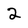
Character: 2